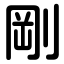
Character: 剛